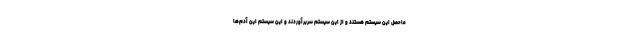
ماحصل این سیستم هستند و از این سیستم سربرآوردند و این سیستم این آدم‌ها